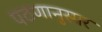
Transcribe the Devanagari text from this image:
पठणानुसार